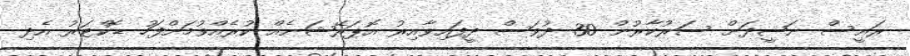
ރައީސް ނަޝީދަށް ސަރުކާރުން 30 ދުވަސް ދީފައިވާއިރު އޮޕަރޭޝަނެއް ކުރެއްވުމަށްފަހު ޑޮކްޓަރު އެދި